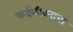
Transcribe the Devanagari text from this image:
कर्दळीवनाचा